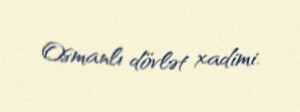
Osmanlı dövlət xadimi.